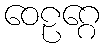
ဝေဠဂ္ဂေ